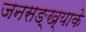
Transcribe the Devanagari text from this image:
जनसङ्ख्याके